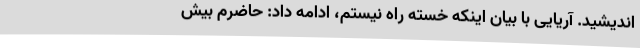
اندیشید. آریایی با بیان اینکه خسته راه نیستم، ادامه داد: حاضرم بیش